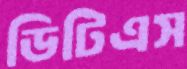
ডিটিএস